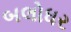
બલોધર